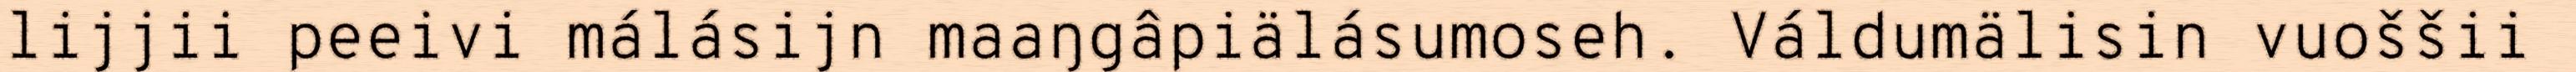
lijjii peeivi málásijn maaŋgâpiälásumoseh. Váldumälisin vuoššii